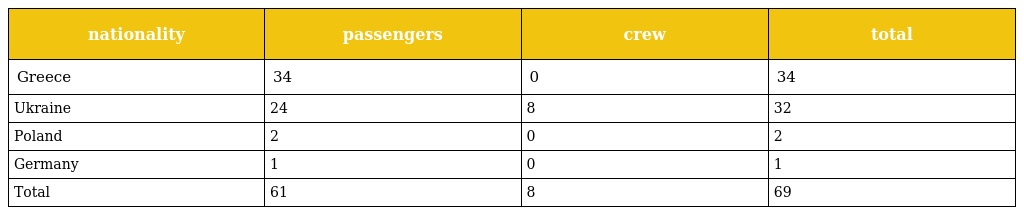
| nationality | passengers | crew | total |
 | --- | --- | --- | --- |
 | Greece | 34 | 0 | 34 |
 | Ukraine | 24 | 8 | 32 |
 | Poland | 2 | 0 | 2 |
 | Germany | 1 | 0 | 1 |
 | Total | 61 | 8 | 69 |